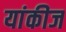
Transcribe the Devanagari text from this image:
यांकीज